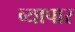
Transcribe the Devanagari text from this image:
व्यापार